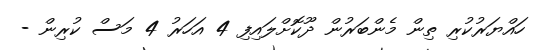
ހައްޔަރުކުރި ތިން މެންބަރުން ދޫކޮށްލައިފި 4 އަހަރު 4 މަސް ކުރިން -